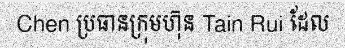
Chen ប្រធានក្រុមហ៊ុន Tain Rui ដែល